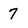
Character: 7